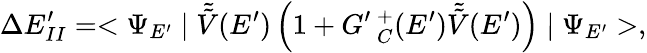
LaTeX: \Delta E_{II}^{\prime}=<\Psi_{E^{\prime}}\mid\tilde{\tilde{V}}(E^{\prime})\left(1+G^{\prime}\, _{C}^{+}(E^{\prime})\tilde{\tilde{V}}(E^{\prime})\right)\mid\Psi_{E^{\prime}}>,